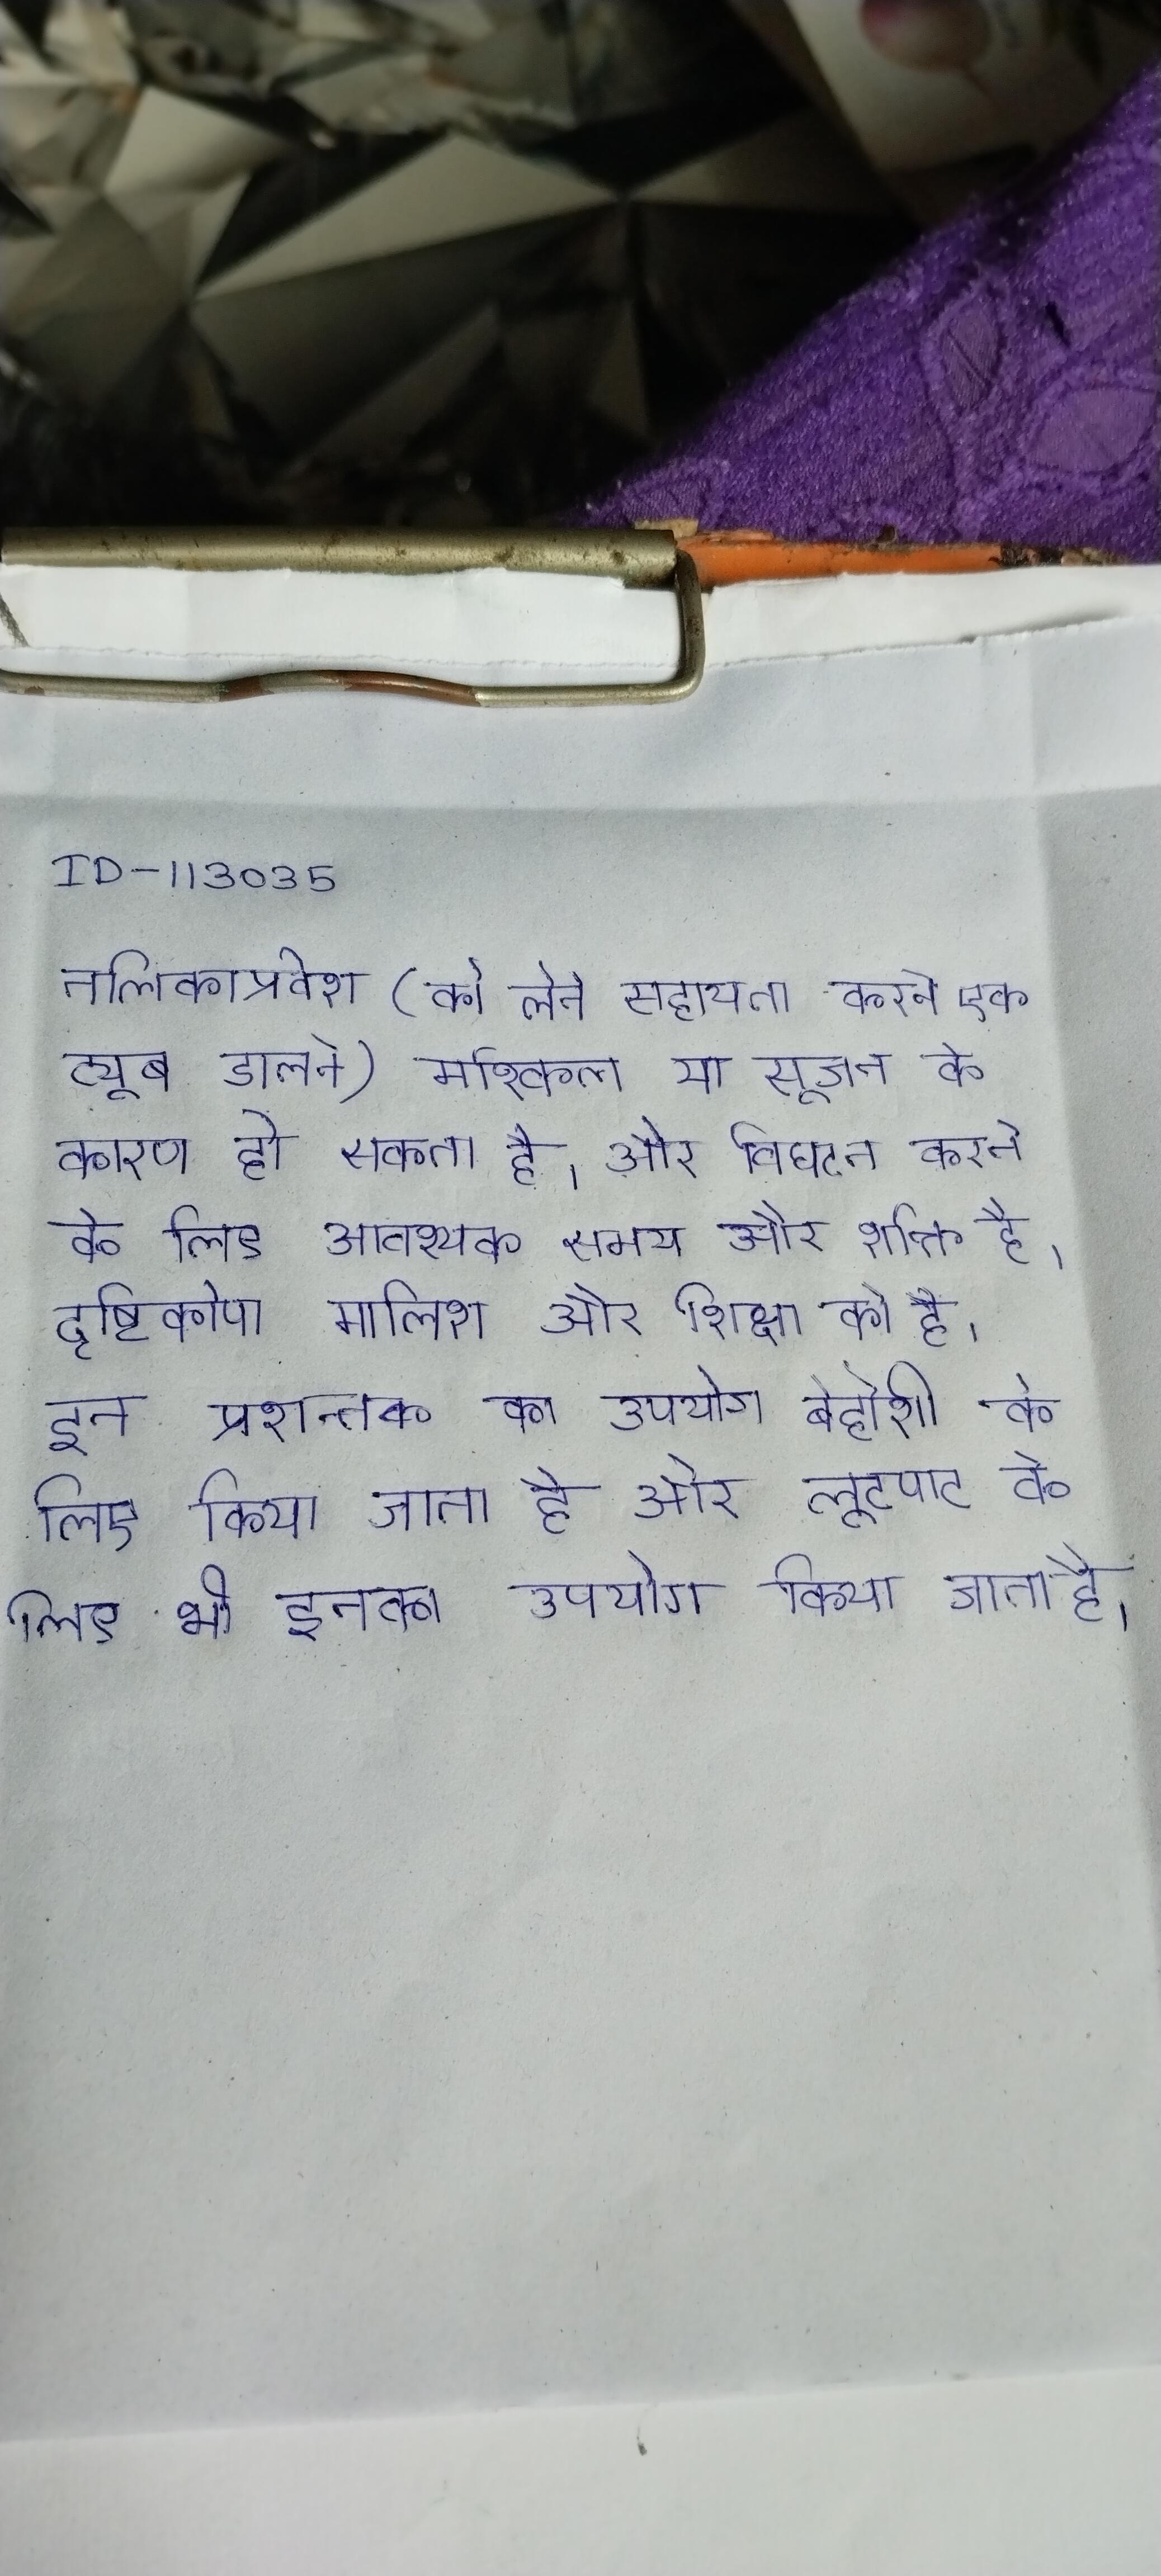
नलिकाप्रवेश (को लेने सहायता करने एक ट्यूब डालने) मुश्किल या सूजन के कारण हो सकता है । और विघटन करने के लिए आवश्यक समय और शक्ति है । दृष्टिकोण मालिश और शिक्षा को है । इन प्रशान्तक का उपयोग बेहोशी के लिए किया जाता है और लूटपाट के लिए भी इनका उपयोग किया जाता है ।